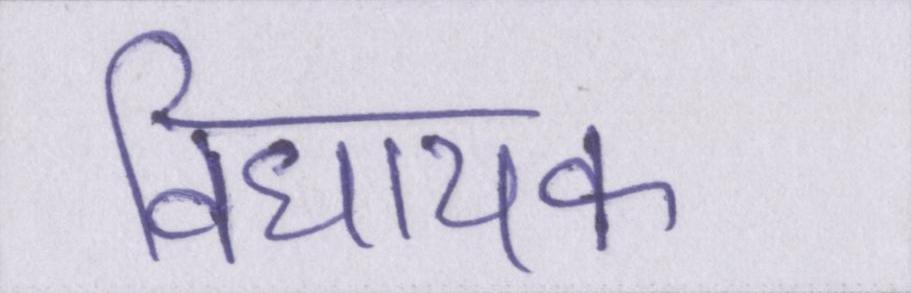
विधायक